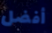
أفضل